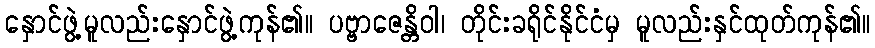
နှောင်ဖွဲ့မူလည်းနှောင်ဖွဲ့ကုန်၏။ ပဗ္ဗာဇေန္တိဝါ၊ တိုင်းခရိုင်နိုင်ငံမှ မူလည်းနှင်ထုတ်ကုန်၏။